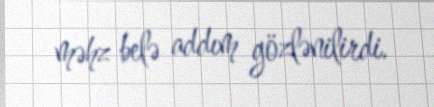
məhz belə addım gözlənilirdi.